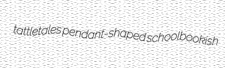
tattletales pendant-shaped schoolbookish